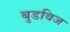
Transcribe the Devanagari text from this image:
बुडविज